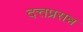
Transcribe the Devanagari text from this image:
दत्तप्रसन्न